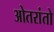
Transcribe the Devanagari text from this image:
ओतरांतो